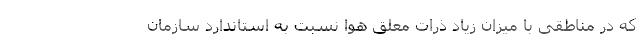
که در مناطقی با میزان زیاد ذرات معلق هوا نسبت به استاندارد سازمان